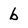
Character: b